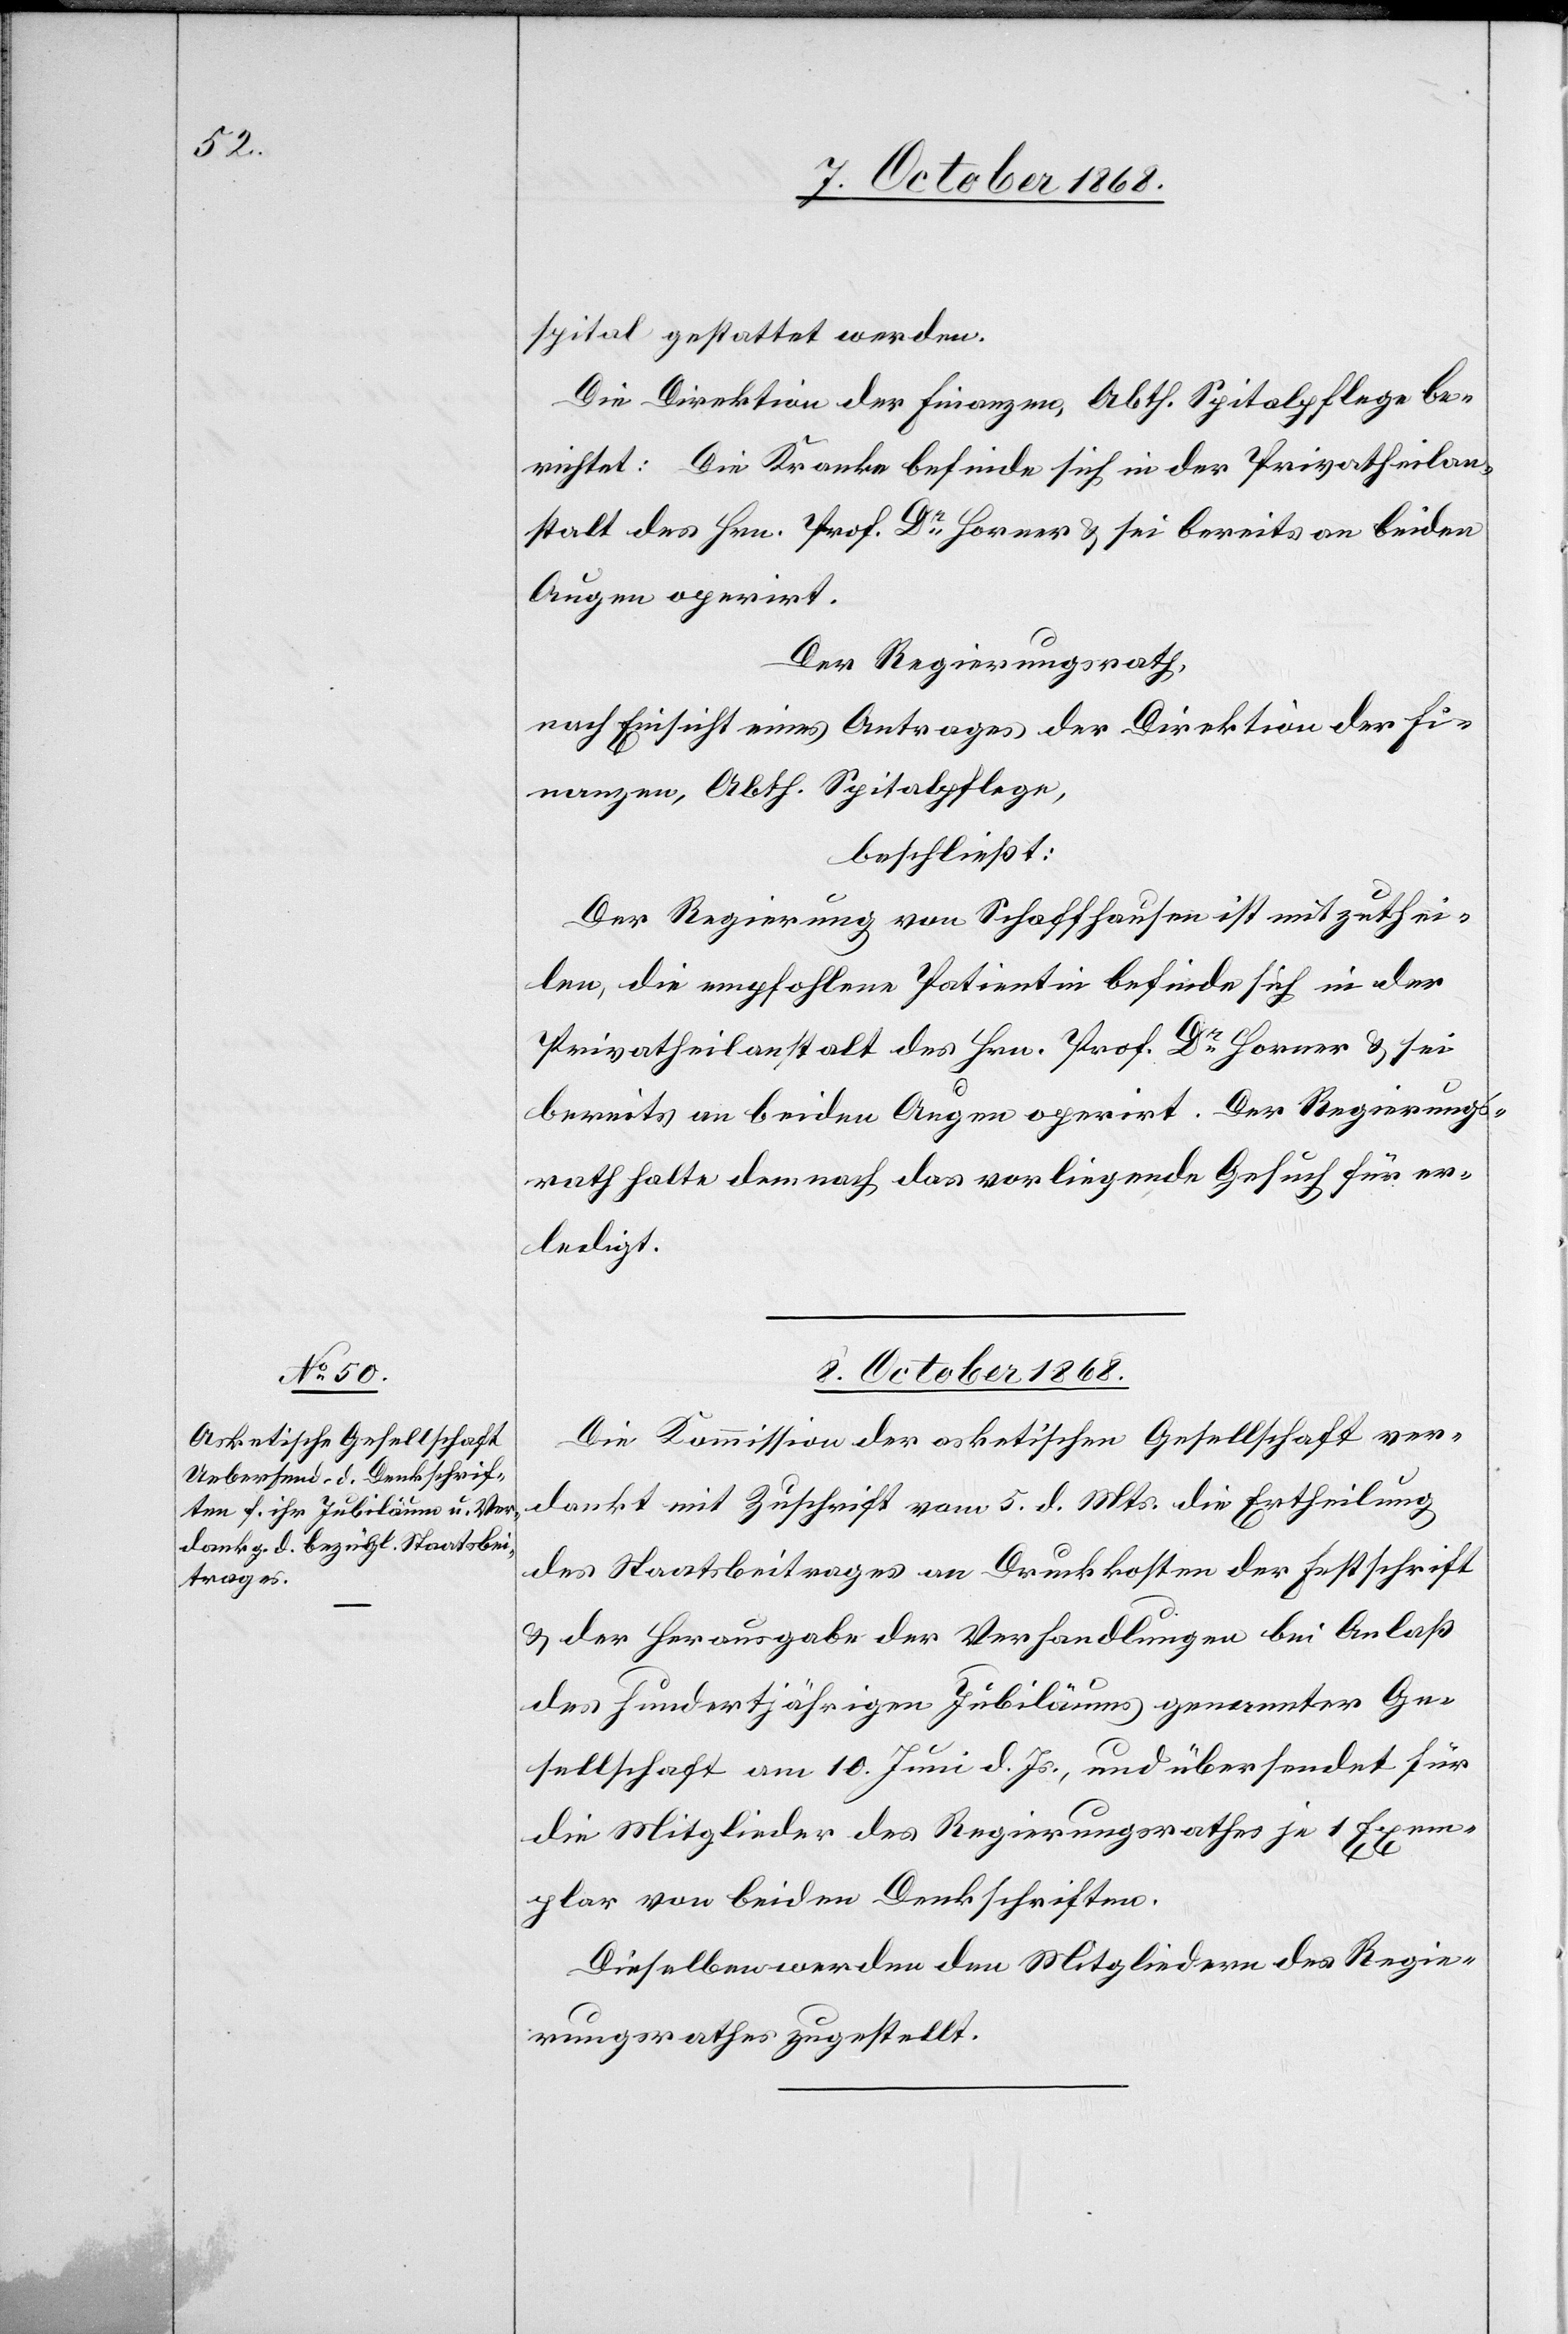
spital gestattet werden.
Die Direktion der Finanzen, Abth. Spitalpflege be¬
richtet: Die Kranke befinde sich in der Privatheilan¬
stalt des Hrn. Prof. Dr Horner & sei bereits an beiden
Augen operirt.
Der Regierungsrath,
nach Einsicht eines Antrages der Direktion der Fi¬
nanzen, Abth. Spitalpflege,
beschließt:
Der Regierung von Schaffhausen ist mitzuthei¬
len, die empfohlene Patientin befinde sich in der
Privatheilanstalt des Hrn. Prof. Dr Horner & sei
bereits an beiden Augen operirt. Der Regierungs¬
rath halte demnach das vorliegende Gesuch für er¬
ledigt.
8. October 1868.
Die Kommission der asketischen Gesellschaft ver¬
dankt mit Zuschrift vom 5. d. Mts. die Ertheilung
des Staatsbeitrages an Druckkosten der Festschrift
& der Herausgabe der Verhandlungen bei Anlaß
des hundertjährigen Jubiläums genannter Ge¬
sellschaft am 10. Juni d. Js., und übersendet für
die Mitglieder des Regierungsrathes je 1 Exem¬
plar von beiden Denkschriften.
Dieselben werden den Mitgliedern des Regie¬
rungsrathes zugestellt.